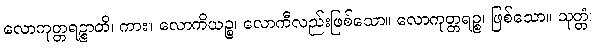
လောကုတ္တရဉ္စာတိ၊ ကား။ လောကိယဉ္စ၊ လောကီလည်းဖြစ်သော။ လောကုတ္တရဉ္စ၊ ဖြစ်သော။ သုတ္တံ၊